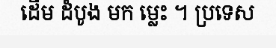
ដើម ដំបូង មក ម្លេះ ។ ប្រទេស